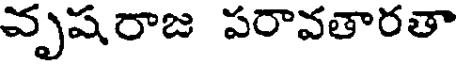
వృషరాజ పరావతారతా